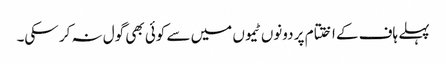
پہلے ہاف کے اختتام پر دونوں ٹیموں میں سے کوئی بھی گول نہ کر سکی۔